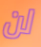
لن